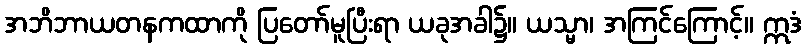
အဘိဘာယတနကထာကို ပြတော်မူပြီးရာ ယခုအခါ၌။ ယသ္မာ၊ အကြင်ကြောင့်။ ဣဒံ